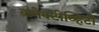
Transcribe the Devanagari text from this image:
कनेक्टीव्हिटी